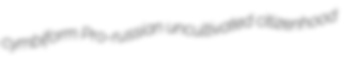
cymbiform Pro-russian uncultivated citizenhood